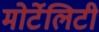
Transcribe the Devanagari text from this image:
मोर्टेलिटी